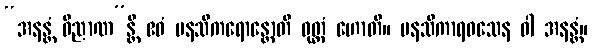
“အနန္တံ ဝိညာဏ”န္တိ ဧဝံ မနသိကရောန္တောတိ ဝုတ္တံ ဟောတိ။ မနသိကာရဝသေန ဝါ အနန္တံ။